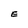
Character: E